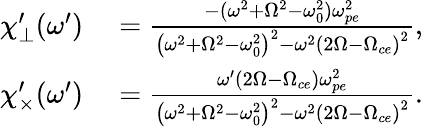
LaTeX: \begin{array}{rl}{{\chi_{\perp}^{\prime}}(\omega^{\prime})}&{{}=\frac{-(\omega^{2}+\Omega^{2}-\omega_{0}^{2})\omega_{pe}^{2}}{\left(\omega^{2}+\Omega^{2}-\omega_{0}^{2}\right)^{2}-\omega^{2}\left(2\Omega-\Omega_{ce}\right)^{2}},}\\ {{\chi_{\times}^{\prime}}(\omega^{\prime})}&{{}=\frac{\omega^{\prime}(2\Omega-\Omega_{ce})\omega_{pe}^{2}}{\left(\omega^{2}+\Omega^{2}-\omega_{0}^{2}\right)^{2}-\omega^{2}\left(2\Omega-\Omega_{ce}\right)^{2}}.}\end{array}